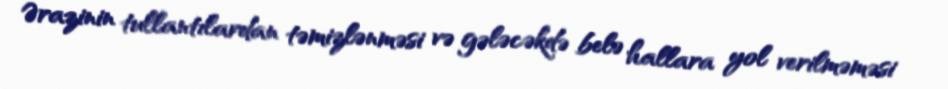
Ərazinin tullantılardan təmizlənməsi və gələcəkdə belə hallara yol verilməməsi